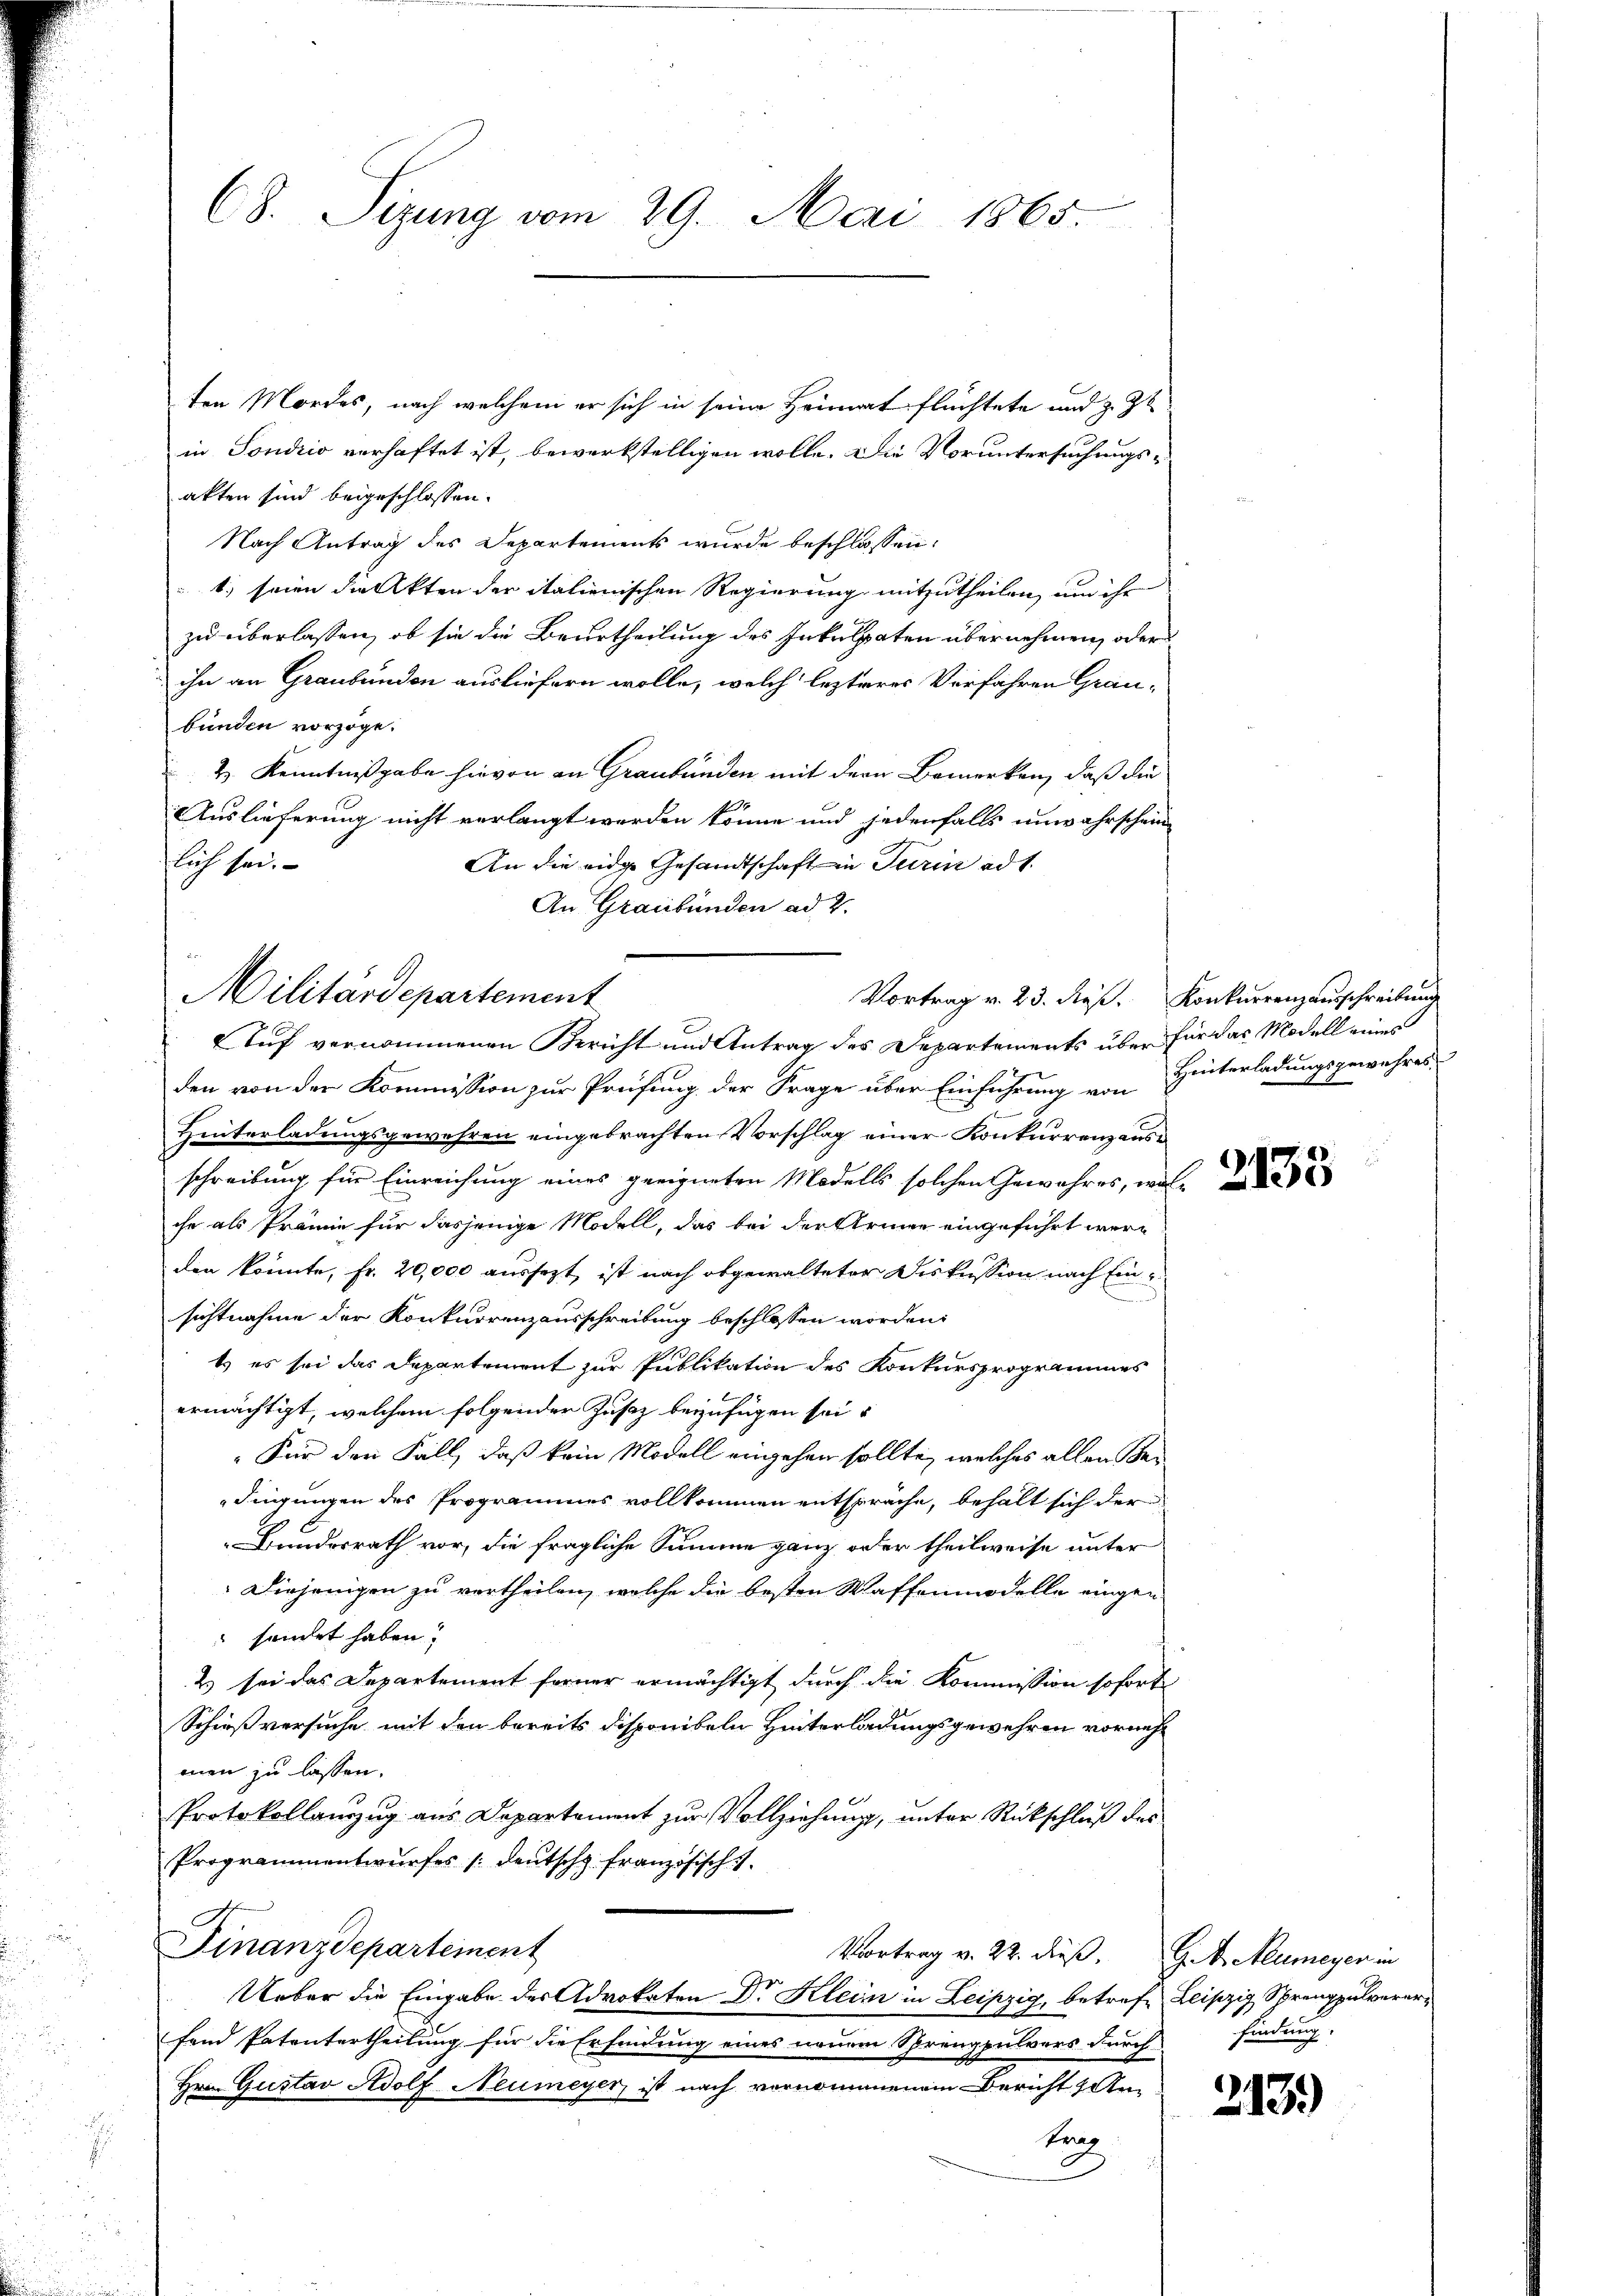
68. Sizung vom 29. Mai 1865.

ten Mordes, nach welchem er sich in seine Heimat flüchtete und z. Zt
in Sondrio verhaftet ist, bewerkstelligen wolle. Die Voruntersuchungsakten sind beigeschlossen.
Nach Antrag des Departements wurde beschlossen:
1.) seien die Akten der italienischen Regierung mitzutheilen, um ihr
zu überlassen, ob sie die Beurtheilung des Inkulpaten übernehmen, oder
ihn an Graubünden ausliefern wolle, welch lezteres Verfahren Graubünden vorzöge.
2 Kenntnißgabe hievon an Graubünden mit der Bemerken, daß die
Auslieferung nicht verlangt werden könne und jedenfalls unwahrschein-
flich sei.
An die eidge Gesandtschaft in Turin ad 1.
An Graubünden ad 2.
den von der Kommission zur Prüfung der Frage über Einführung von Hinterladungsgewahres
Hinterladungsgewehren eingebrachten Vorschlag einer Konkurrenzausschreibung für Einreichung eines geeigneten Modells solchen Gewahres, wol-
che als Prämie für dasjenige Modell, das bei der Armee eingeführt werden könnte, fr. 20,000 aussezt, ist nach obgewalteter Diskussion nach Einsichtnahme der Konkurrenzausschreibung beschlossen worden.
t es sei das Departement zur Publikation des Konkursprogrammes
ermächtigt, welchem folgender Zusatz beyzufügen sei.
"Für den Fall, daß kein Modell eingehen sollte, welches allen Bei
dingungen des Programmes vollkommen entspräche, behält sich der
Bundesrath vor, die fragliche Summe ganz oder theilweise unter
Diejenigen zu vertheilen, welche die besten Waffenmodelle eingen
sendet haben.
2) sei das Departement ferner ermächtigt durch die Kommission sofort
Schießversuche mit den bereits disponibeln Hinterladungsgewehren vornehmen zu lassen.
Protokollanzug aus Departement zur Vollziehung, unter Rückschluß des
Programmentwurfes deutsch französisch
Finanzdepartement
Vortrag v. 22. dieß. G. Mumeyer in
Ueber die Eingabe des Advokaten Dr Klein in Leipzig, betreff Leipzig Sprengpulvererfand Patentertheilung für die Erfindung eines neuem Sprengpulvers durch findung.
Hrn. Gustav Adolf Neumeyer, ist nach vernommenem Bericht 1 An
tra
f

Militärdepartement
Auf vernommenen Bericht und Antrag des Departements über für das Modell eines

Vortrag v. 23. dieß. Konkurrenzausschreibung

2135

213.)